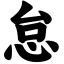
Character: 怠